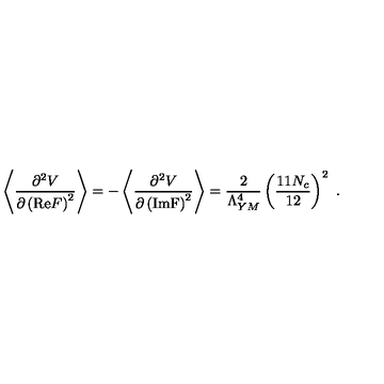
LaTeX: \left\langle \frac { \partial ^ { 2 } V } { \partial \left( \mathrm { R e } F \right) ^ { 2 } } \right\rangle = - \left\langle \frac { \partial ^ { 2 } V } { \partial \left( \mathrm { I m F } \right) ^ { 2 } } \right\rangle = \frac { 2 } { \Lambda _ { Y M } ^ { 4 } } \left( \frac { 1 1 N _ { c } } { 1 2 } \right) ^ { 2 } \ .